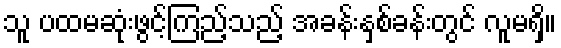
သူ ပထမဆုံးဖွင့်ကြည့်သည့် အခန်းနှစ်ခန်းတွင် လူမရှိ။